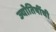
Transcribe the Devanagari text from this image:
ज्योतिषींची